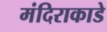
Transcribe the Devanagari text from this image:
मंदिराकाडे